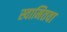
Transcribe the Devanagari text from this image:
स्वामितवा